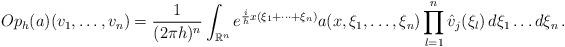
LaTeX: \begin{align*}Op_h(a)(v_1, \dotsc, v_n) = \frac{1}{(2\pi h)^n}\int_{\mathbb{R}^n}e^{\frac{i}{h}x(\xi_1 + \dots + \xi_n)} a(x, \xi_1, \dotsc, \xi_n)\prod_{l=1}^n \hat{v}_j(\xi_l)\, d\xi_1 \dots d\xi_n \, .\end{align*}